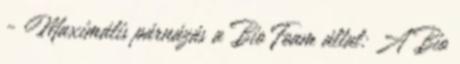
- Maximális párnázás a Bio Foam által: A Bio